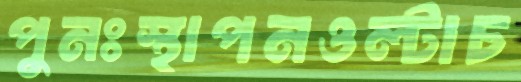
পুনঃস্থাপনওল্টাচ